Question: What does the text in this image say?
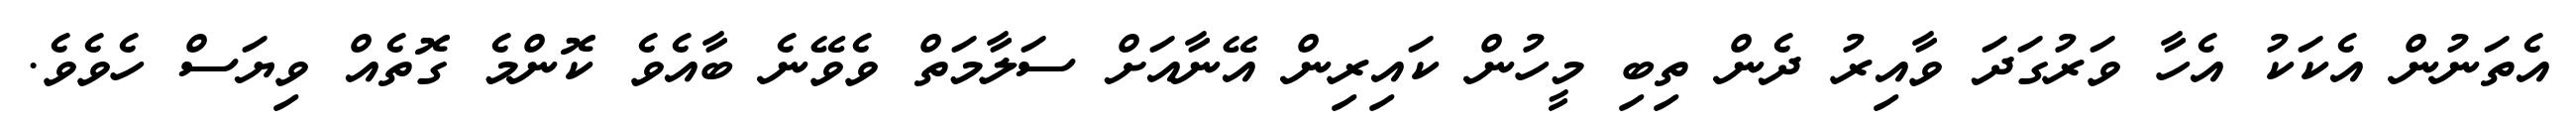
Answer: އެތަނުން އެކަކު އެހާ ވަރުގަދަ ވާއިރު ދެން ތިބި މީހުން ކައިރިން އޭނާއަށް ސަލާމަތް ވެވޭނެ ބާއެވެ ކޮންމެ ގޮތެއް ވިޔަސް ހެވެވެ.